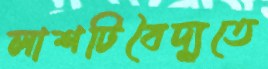
লাশটিবৈদ্যুতে